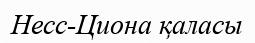
Несс-Циона қаласы